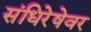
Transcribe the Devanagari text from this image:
संधिरेषेवर